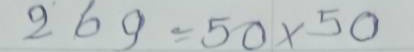
269 = 50 x 50